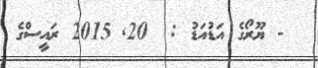
- ޔޫރޯގެ އަޑުއަޑު :  20